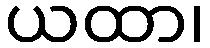
ယထာ၊